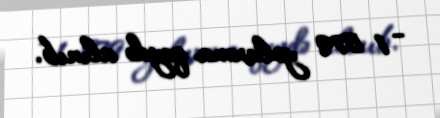
- 1 579 yoluxma qeydə alınıb.